Plague in India, 1896, 1897 - Volume 1
Year: 1896
Disease focus: Plague
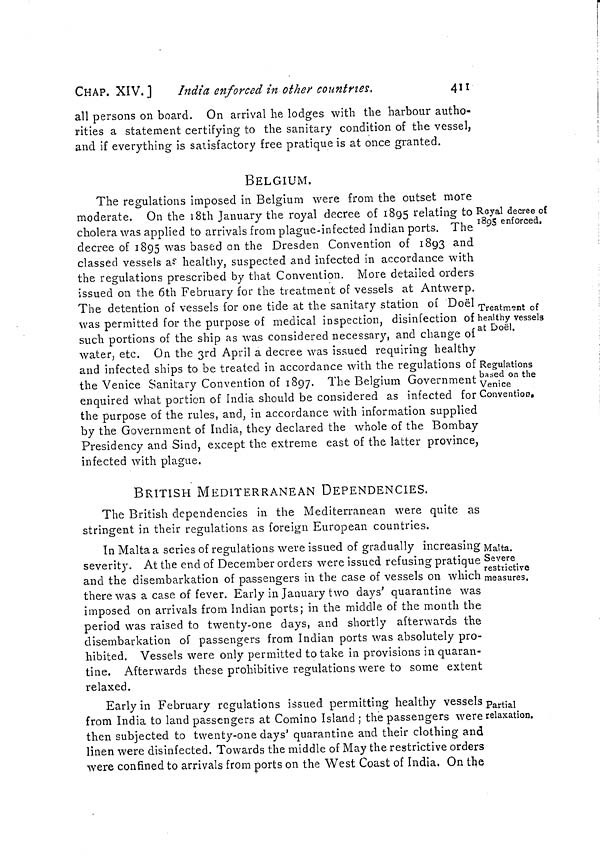
CHAP. XIV.]
India enforced in other countries.,
411
all persons on board. On arrival he lodges with the harbour autho-
rities a statement certifying to the sanitary condition of the vessel,
and if everything is satisfactory free pratique is at once granted.
BELGIUM.
Royal decree of
1895 enforced.
The regulations imposed in Belgium were from the outset more
moderate. On the 18th January the royal decree of 1895 relating to
cholera was applied to arrivals from plague-infected Indian ports. The
decree of 1895 was based on the Dresden Convention of 1893 and
classed vessels as healthy, suspected and infected in accordance with
the regulations prescribed by that Convention. More detailed orders
issued on the 6th February for the treatment of vessels at Antwerp.
Treatment of
healthy vessels
at Doël.
The detention of vessels for one tide at the sanitary station of Doël
was permitted for the purpose of medical inspection, disinfection of
such portions of the ship as was considered necessary, and change of
water, etc. On the 3rd April a decree was issued requiring healthy
Regulations
based on the
Venice
Convention.
and intected ships to be treated in accordance with the regulations of
the Venice Sanitary Convention of 1897. The Belgium Government
enquired what portion of India should be considered as infected for
the purpose of the rules, and, in accordance with information supplied
by the Government of India, they declared the whole of the Bombay
Presidency and Sind, except the extreme east of the latter province,
infected with plague.
BRITISH MEDITERRANEAN DEPENDENCIES.
The British dependencies in the Mediterranean were quite as
stringent in their regulations as foreign European countries.
Malta.
Severe
restrictive
measures.
In Malta a series of regulations were issued of gradually increasing
severity. At the end of December orders were issued refusing pratique
and the disembarkation of passengers in the case of vessels on which
there was a case of fever. Early in January two days' quarantine was
imposed on arrivals from Indian ports; in the middle of the month the
period was raised to twenty-one days, and shortly afterwards the
disembarkation of passengers from Indian ports was absolutely pro-
hibited. Vessels were only permitted to take in provisions in quaran-
tine. Afterwards these prohibitive regulations were to some extent
relaxed.
Partial
relaxation.
Early in February regulations issued permitting healthy vessels
from India to land passengers at Comino Island ; the passengers were
then subjected to twenty-one clays' quarantine and their clothing and
linen were disinfected. Towards the middle of May the restrictive orders
were confined to arrivals from ports on the West Coast of India. On the